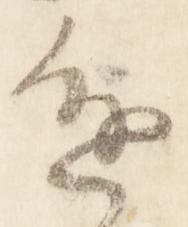
進